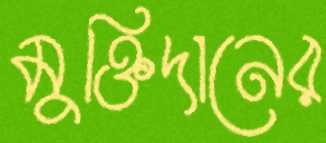
মুক্তিদানের